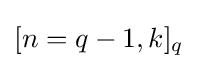
[n=q-1,k]_{q}